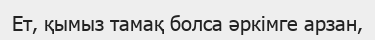
Ет, қымыз тамақ болса әркімге арзан,